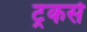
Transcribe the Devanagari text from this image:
ट्रकर्स